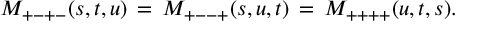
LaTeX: { \cal M } _ { + - + - } ( s , t , u ) \, = \, { \cal M } _ { + -- + } ( s , u , t ) \, = \, { \cal M } _ { + + + + } ( u , t , s ) .